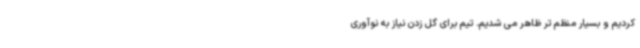
کردیم و بسیار منظم تر ظاهر می شدیم. تیم برای گل زدن نیاز به نوآوری